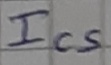
Text: Ics